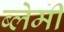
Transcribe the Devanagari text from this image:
ब्लेमी